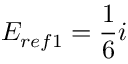
E _ { r e f 1 } = \frac { 1 } { 6 } i